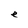
Character: e